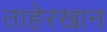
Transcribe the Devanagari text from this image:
ताहेरखान